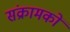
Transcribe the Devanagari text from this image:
संक्रामकों